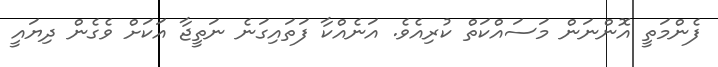
ފެންމަތީ އޮންނަން މަސައްކަތް ކުރިއެވެ. އަނެއްކާ ފަތައިގަނެ ނަތީޖާ އަކަށް ވެގެން ދިޔައީ